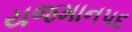
યજમાનપદ